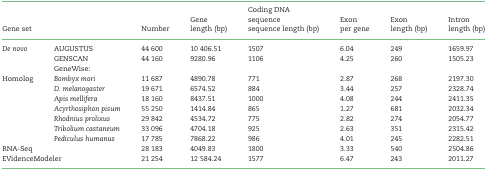
<table><thead><tr><td></td><td></td><td></td><td><b>Gene</b></td><td><b>Coding DNAsequence</b></td><td><b>Exon</b></td><td><b>Exon</b></td><td><b>Intron</b></td></tr><tr><td><b>Gene set</b></td><td></td><td><b>Number</b></td><td><b>length (bp)</b></td><td><b>sequence length (bp)</b></td><td><b>per gene</b></td><td><b>length (bp)</b></td><td><b>length (bp)</b></td></tr></thead><tbody><tr><td><i>De novo</i></td><td>AUGUSTUS</td><td>44 600</td><td>10 406.51</td><td>1507</td><td>6.04</td><td>249</td><td>1659.97</td></tr><tr><td></td><td>GENSCAN</td><td>44 160</td><td>9280.96</td><td>1106</td><td>4.25</td><td>260</td><td>1505.23</td></tr><tr><td></td><td>GeneWise:</td><td></td><td></td><td></td><td></td><td></td><td></td></tr><tr><td>Homolog</td><td><i>Bombyx mori</i></td><td>11 687</td><td>4890.78</td><td>771</td><td>2.87</td><td>268</td><td>2197.30</td></tr><tr><td></td><td><i>D. melanogaster</i></td><td>19 671</td><td>6574.52</td><td>884</td><td>3.44</td><td>257</td><td>2328.74</td></tr><tr><td></td><td><i>Apis mellifera</i></td><td>18 160</td><td>8437.51</td><td>1000</td><td>4.08</td><td>244</td><td>2411.35</td></tr><tr><td></td><td><i>Acyrthosiphon pisum</i></td><td>55 250</td><td>1414.84</td><td>865</td><td>1.27</td><td>681</td><td>2032.34</td></tr><tr><td></td><td><i>Rhodnius prolixus</i></td><td>29 842</td><td>4534.72</td><td>775</td><td>2.82</td><td>274</td><td>2054.77</td></tr><tr><td></td><td><i>Tribolium castaneum</i></td><td>33 096</td><td>4704.18</td><td>925</td><td>2.63</td><td>351</td><td>2315.42</td></tr><tr><td></td><td><i>Pediculus humanus</i></td><td>17 785</td><td>7868.22</td><td>986</td><td>4.01</td><td>245</td><td>2282.51</td></tr><tr><td colspan="2">RNA-Seq</td><td>28 183</td><td>4049.83</td><td>1800</td><td>3.33</td><td>540</td><td>2504.86</td></tr><tr><td colspan="2">EVidenceModeler</td><td>21 254</td><td>12 584.24</td><td>1577</td><td>6.47</td><td>243</td><td>2011.27</td></tr></tbody></table>